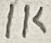
Text: 1K